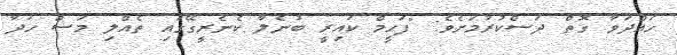
ހައްދަވާ ގޮތް ދަސްކުރުމަށެވެ: "ފަހީމް ކައިރީ ބުނެލާ ކެނެރީގޭގައި ތެއްލި މަސް ހަދާ